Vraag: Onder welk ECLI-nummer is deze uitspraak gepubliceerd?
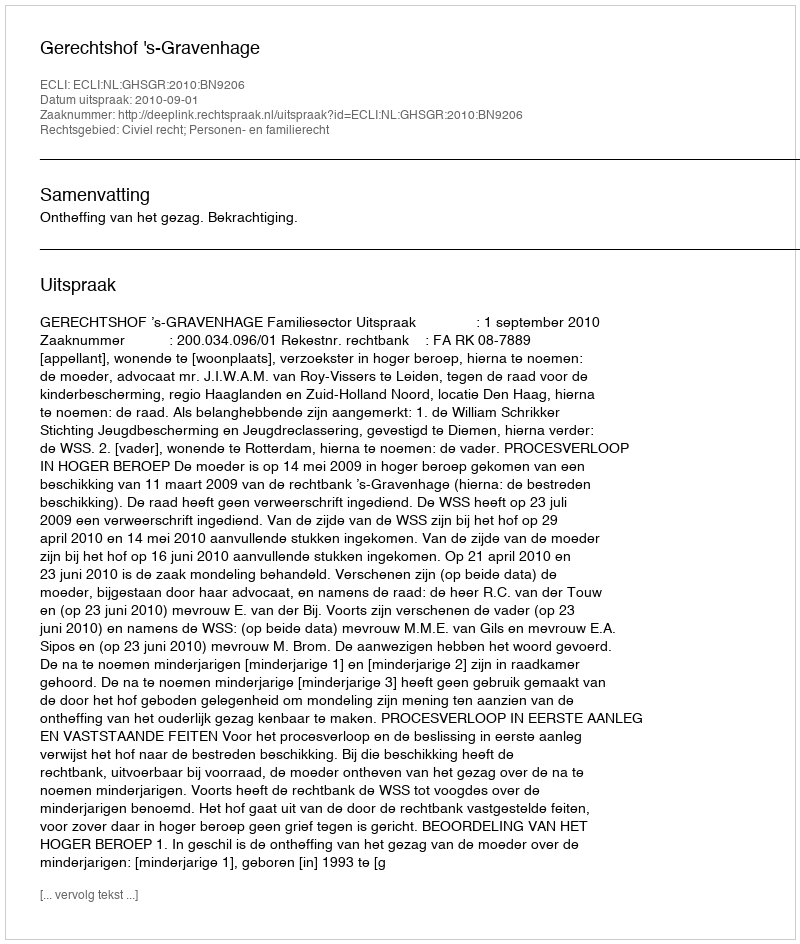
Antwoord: ECLI:NL:GHSGR:2010:BN9206